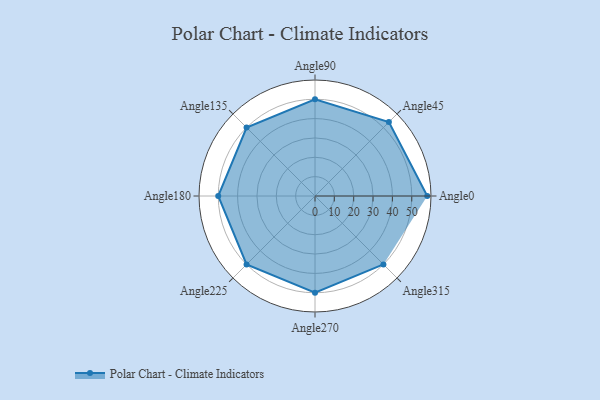
{"axis": {"x": "Angle", "y": "Radius"}, "legend": [""], "data": [{"x": "Angle0", "y": 58.0, "type": ""}, {"x": "Angle45", "y": 54.0, "type": ""}, {"x": "Angle90", "y": 50, "type": ""}, {"x": "Angle135", "y": 50, "type": ""}, {"x": "Angle180", "y": 50, "type": ""}, {"x": "Angle225", "y": 50, "type": ""}, {"x": "Angle270", "y": 50, "type": ""}, {"x": "Angle315", "y": 50, "type": ""}]}